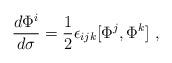
LaTeX: \begin{align*}{d\Phi^i\over d\sigma}={1\over 2}\epsilon_{ijk}[\Phi^j,\Phi^k]\ ,\end{align*}